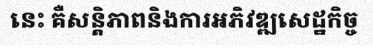
នេះ គឺសន្តិភាពនិងការអភិវឌ្ឍសេដ្ឋកិច្ច